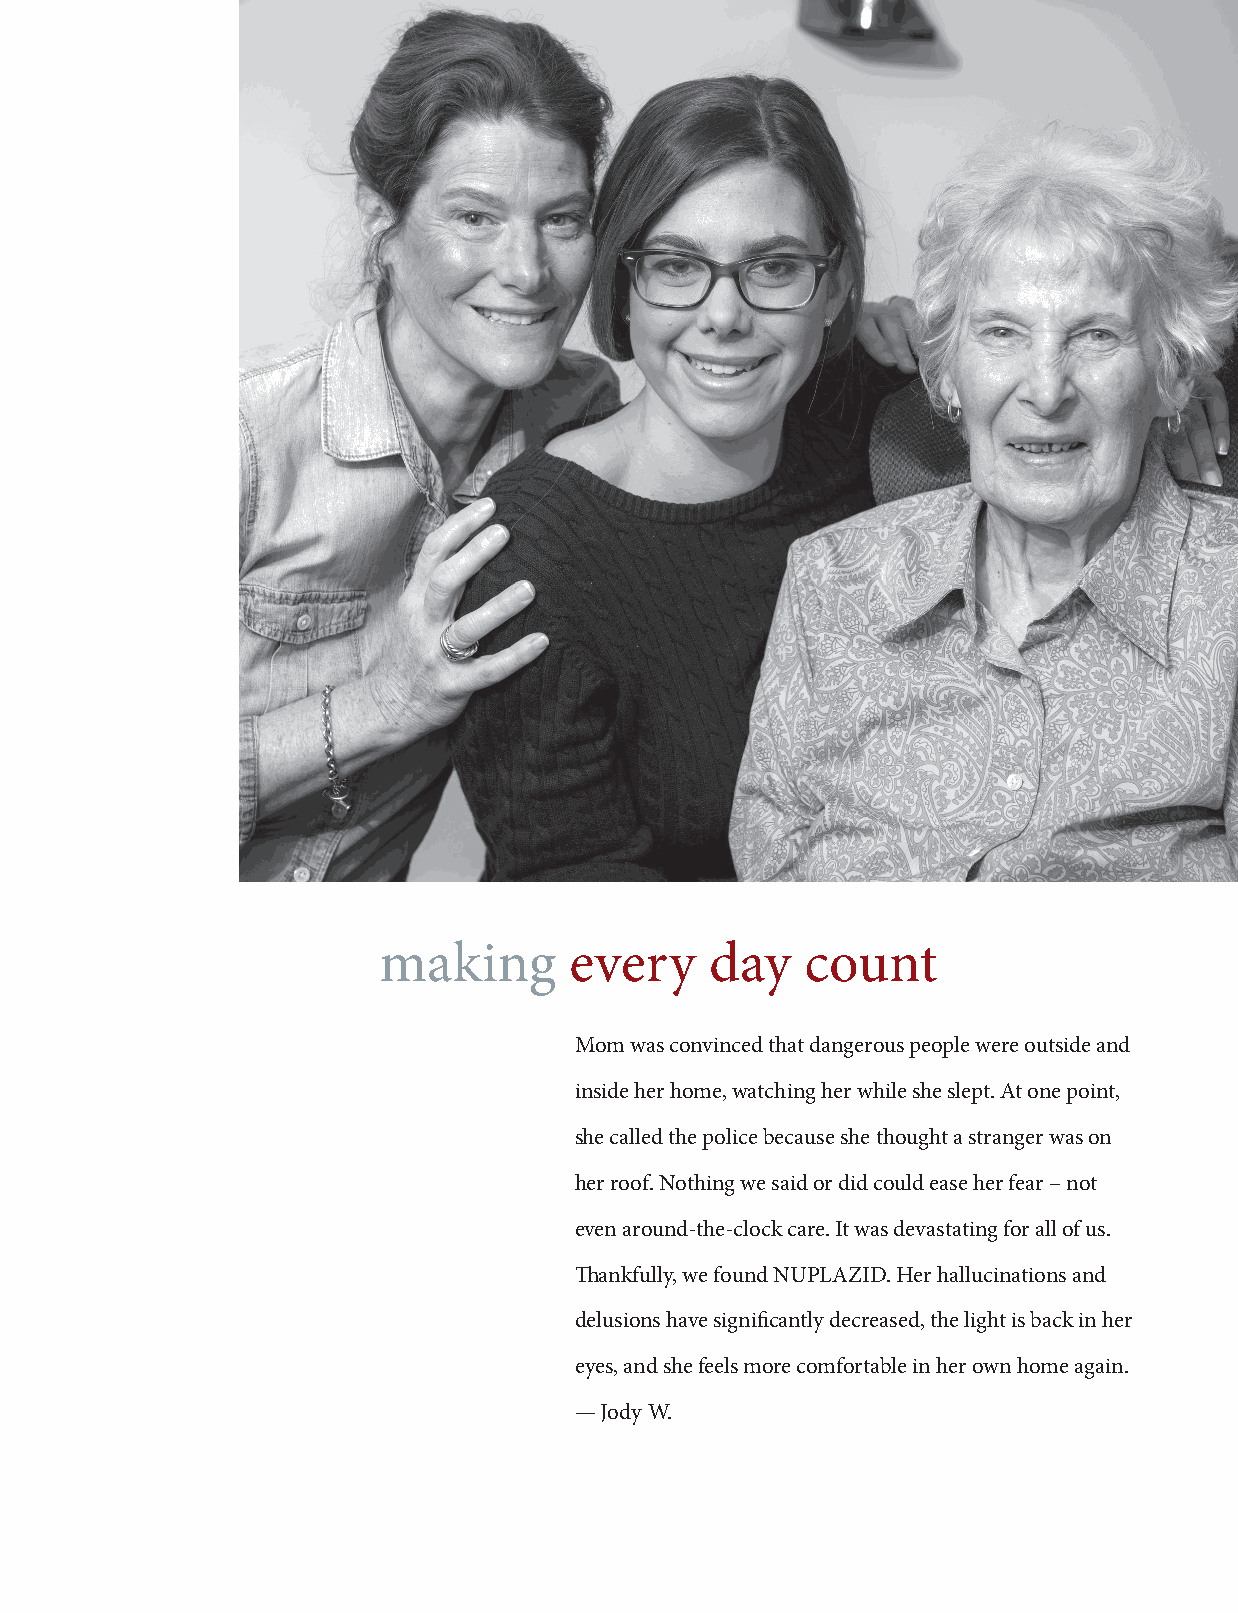
making      every    day    count
 Mom was convinced that dangerous people were outside and
 inside her home, watching her while she slept. At one point,
 she called the police because she thought a stranger was on
 her roof. Nothing we said or did could ease her fear – not
 even around-the-clock care. It was devastating for all of us.
 Thankfully, we found NUPLAZID. Her hallucinations and
 delusions have significantly decreased, the light is back in her
 eyes, and she feels more comfortable in her own home again.
 — Jody W.